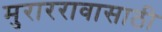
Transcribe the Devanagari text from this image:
मुराररावासाठी